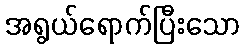
အရွယ်ရောက်ပြီးသော